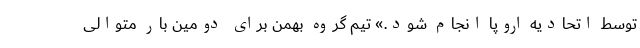
توسط اتحادیه اروپا انجام شود.» تیم گروه بهمن برای دومین بار متوالی